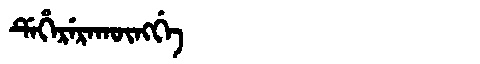
Manchu: ᡩᡝᡥᡝᡵᡝᡵᠠᡴᡡᠩᡤᡝ
Romanization: DEHERERAKŪNGGE